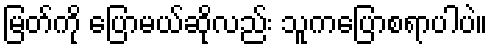
မြတ်ကို ပြောမယ်ဆိုလည်း သူကပြောစရာပါပဲ။